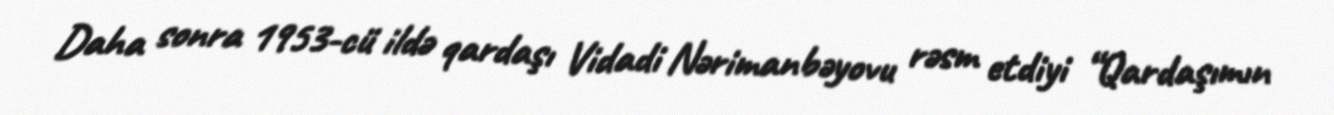
Daha sonra 1953-cü ildə qardaşı Vidadi Nərimanbəyovu rəsm etdiyi “Qardaşımın